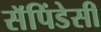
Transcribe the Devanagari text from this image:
सॅपिंडेसी